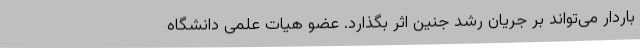
باردار می‌تواند بر جریان رشد جنین اثر بگذارد. عضو هیات علمی دانشگاه